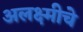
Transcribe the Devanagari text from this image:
अलक्ष्मीचे